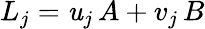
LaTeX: L_{j}=\mathit{u}_{j}\, A+v_{j}\, B